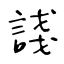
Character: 諓